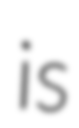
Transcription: is